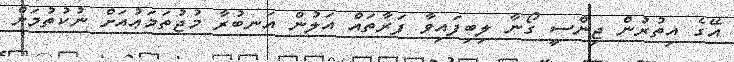
އޭގެ އިތުރުން ޖިންސީ ގޯނާ ލިބިފައިވާ ފަރާތައް އަލުން އަނބުރާ މުޖުތަމަޢުއަށް ނުކުތުމަށް